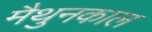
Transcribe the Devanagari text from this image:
मैथुनकाल